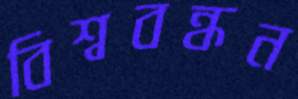
বিশ্ববন্ধন